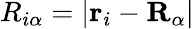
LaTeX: R_{i\alpha}=|\mathbf{r}_{i}-\mathbf{R}_{\alpha}|